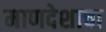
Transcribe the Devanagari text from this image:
माणदेशाचा